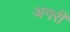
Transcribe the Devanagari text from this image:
अगरी